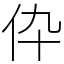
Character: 伜